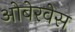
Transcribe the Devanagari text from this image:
ओबेरवेस